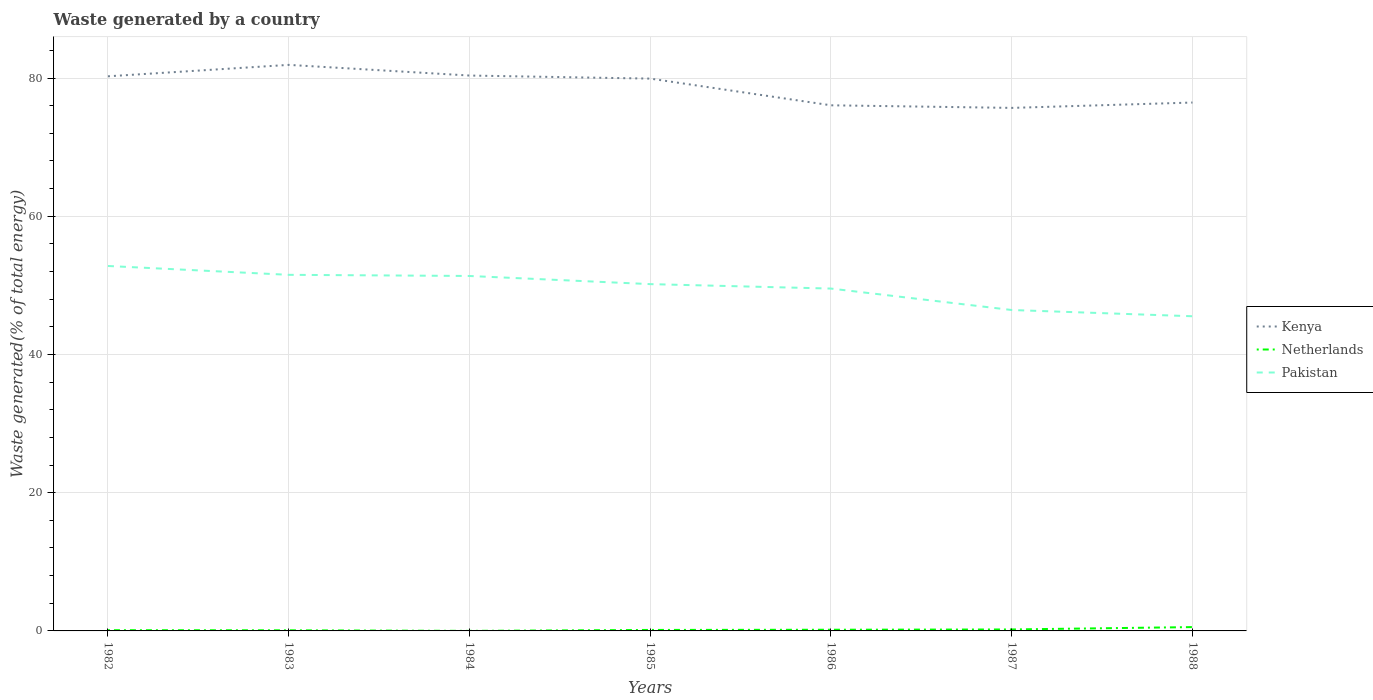
| Years | Kenya | Netherlands | Pakistan |
 | --- | --- | --- | --- |
 | 1982 | 80.3 | 0.108 | 52.8 |
 | 1983 | 81.9 | 0.09 | 51.5 |
 | 1984 | 80.4 | 0.00619 | 51.4 |
 | 1985 | 79.9 | 0.141 | 50.2 |
 | 1986 | 76.1 | 0.171 | 49.5 |
 | 1987 | 75.7 | 0.212 | 46.4 |
 | 1988 | 76.5 | 0.554 | 45.5 |